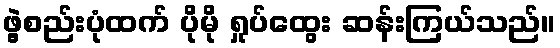
ဖွဲ့စည်းပုံထက် ပိုမို ရှုပ်ထွေး ဆန်းကြယ်သည်။